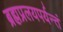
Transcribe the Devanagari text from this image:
ब्रह्मप्रलयपर्यन्तं